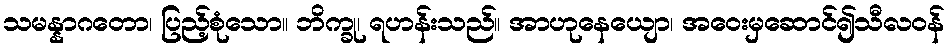
သမန္နာဂတော၊ ပြည့်စုံသော။ ဘိက္ခု၊ ရဟန်းသည်။ အာဟုနေယျော၊ အဝေးမှဆောင်၍သီလဝန်